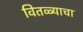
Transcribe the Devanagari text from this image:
वितळ्याचा